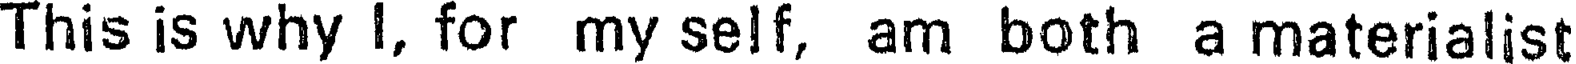
This is why I, for my self, am both a materialist